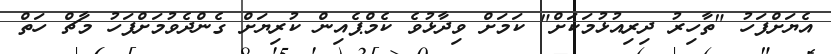
އެޔަށްފަހު "ތާހިރު ދިރިއުޅުމަކަށް" ކަމަށް ވިދާޅުވެ ކެމްޕެއިން ކުރިޔަށް ގެންދެވުމަށްފަހު މާޗް ހަތް